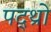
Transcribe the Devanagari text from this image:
पद्थ्रो